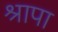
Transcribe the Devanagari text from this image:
श्रापा